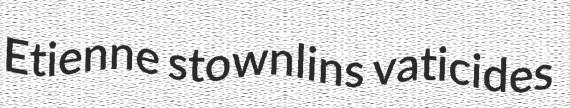
Etienne stownlins vaticides